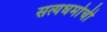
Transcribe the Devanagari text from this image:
सत्यधर्माची